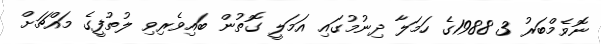
ނޮވެމްބަރު 3 1988ގެ ހަމަލާ ދިނުމުގައި އަމަލީ ގޮތުން ބައިވެރިވި ލުތުފީގެ މައްޗަށް